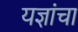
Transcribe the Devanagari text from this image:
यज्ञांचा